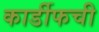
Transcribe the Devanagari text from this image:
कार्डीफची